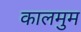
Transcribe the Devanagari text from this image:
कालमुम